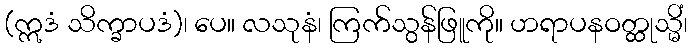
(ဣဒံ သိက္ခာပဒံ)၊ ပေ။ လသုနံ၊ ကြက်သွန်ဖြူကို။ ဟရာပနဝတ္ထုသ္မိံ၊